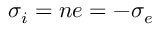
\sigma _ { i } = n e = - \sigma _ { e }